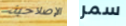
الإصلاحية سمر